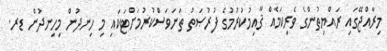
މިރާއްޖޭގައި ރައްޔިތުންގެ ވެރިކަމެއް ޤާއިމުކުރުމުގެ ފުރުޞަތު ތަނަވަސްކުރުމަށްޓަކައި މި ހިނދުން މިހިނދުން ޑރ.